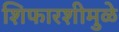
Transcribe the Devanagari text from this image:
शिफारशीमुळे